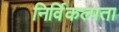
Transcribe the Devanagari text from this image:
निर्विकल्पता